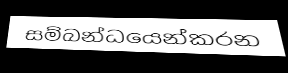
සම්බන්ධයෙන්කරන